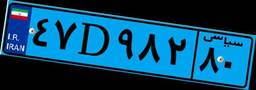
۹۹D۴۹۱۲۳